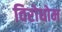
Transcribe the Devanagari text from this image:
विरोधोम